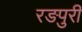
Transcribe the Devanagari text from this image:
रङपुरी